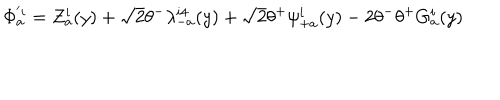
LaTeX: \Phi _ { a } ^ { ' i } = Z _ { a } ^ { i } ( y ) + \sqrt 2 \theta ^ { - } \lambda _ { - a } ^ { i 4 } ( y ) + \sqrt 2 \theta ^ { + } \psi _ { + a } ^ { i } ( y ) - 2 \theta ^ { - } \theta ^ { + } G _ { a } ^ { i } ( y )